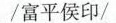
/富平侯印/